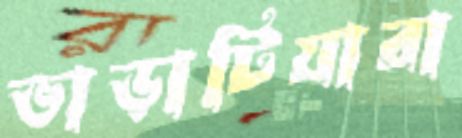
ভাড়াটিয়ারা